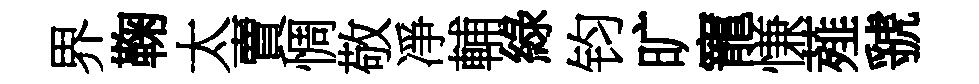
界鞠太賣惆敬凈輔綠钧旷寵慊薤虢